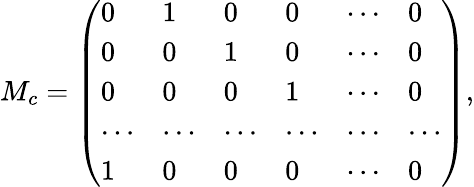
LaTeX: {M_{c}=\left(\begin{array}{llllll}{{0}}&{{1}}&{{0}}&{{0}}&{{\cdots}}&{{0}}\\ {{0}}&{{0}}&{{1}}&{{0}}&{{\cdots}}&{{0}}\\ {{0}}&{{0}}&{{0}}&{{1}}&{{\cdots}}&{{0}}\\ {{\cdots}}&{{\cdots}}&{{\cdots}}&{{\cdots}}&{{\cdots}}&{{\cdots}}\\ {{1}}&{{0}}&{{0}}&{{0}}&{{\cdots}}&{{0}}\end{array}\right),}